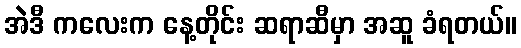
အဲဒီ ကလေးက နေ့တိုင်း ဆရာဆီမှာ အဆူ ခံရတယ်။